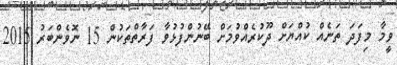
ވީމާ މިފަދަ ތަނެއް ކުއްޔަށް ދޫކުރެއްވުމަށް ބޭނުންފުޅުވާ ފަރާތްތަކުން 15 ނޮވެންބަރު 2015